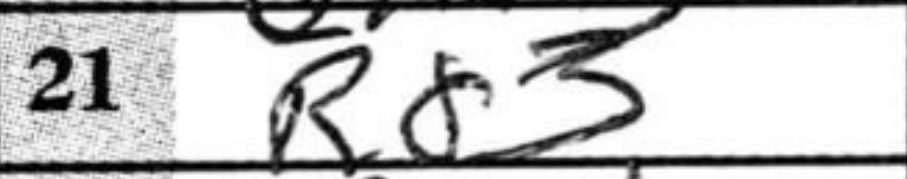
Transcription: Rd3